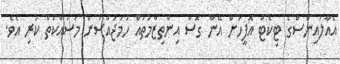
އެއާލައިންސްގެ ޓިކެޓް އޮފީހަށް އޭނާ ގޮސް އިންތިޒާމުތައް ހަމަޖައްސަން މަސައްކަތް ކުރި އެވެ.